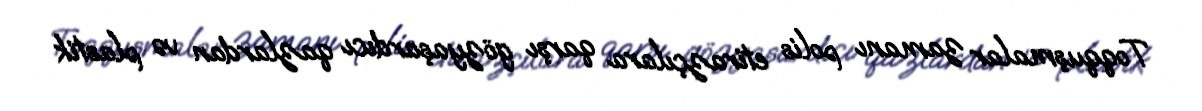
Toqquşmalar zamanı polis etirazçılara qarşı gözyaşardıcı qazlardan və plastik